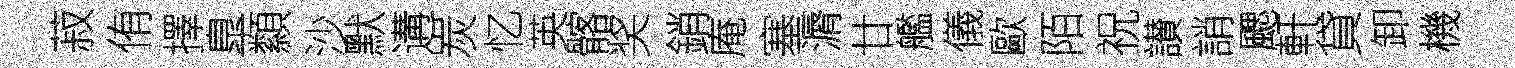
菽侑擇臯纇沙默遘炭忆英髂奖銷庵塞漘廿艦儀歐陌祝讃誚颸軒貸卸機